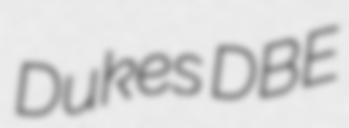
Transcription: Dukes DBE